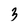
Character: 3